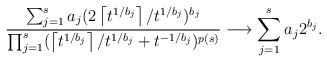
\begin{align*}\frac{\sum_{j=1}^s a_j (2\left\lceil t^{1/b_j}\right\rceil/t^{1/b_j})^{b_j}}{\prod_{j=1}^s (\left\lceil t^{1/b_j}\right\rceil /t^{1/b_j}+t^{-1/b_j})^{p(s)}}\longrightarrow \sum_{j=1}^s a_j 2^{b_j}.\end{align*}